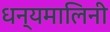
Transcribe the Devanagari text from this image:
धन्यमालिनी